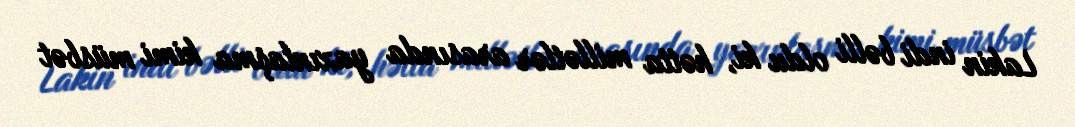
Lakin indi bəlli oldu ki, hətta millətlər arasında yaxınlaşma kimi müsbət